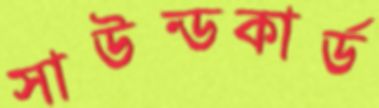
সাউন্ডকার্ড